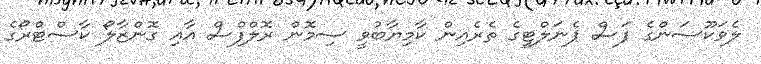
ލެވަކޫސަންގެ ފަސް ޕެނަލްޓީގެ ތެރެއިން ކާމިޔާބުވީ ސިމޮން ރޮލްފްސް އާއި ގޮންޒާލޯ ކާސްޓްރޯގެ